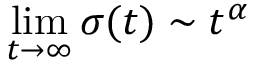
\operatorname* { l i m } _ { t \to \infty } \sigma ( t ) \sim t ^ { \alpha }